Indian journal of veterinary science and animal husbandry - Volumes 18-21, 1948-1951
Year: 1948
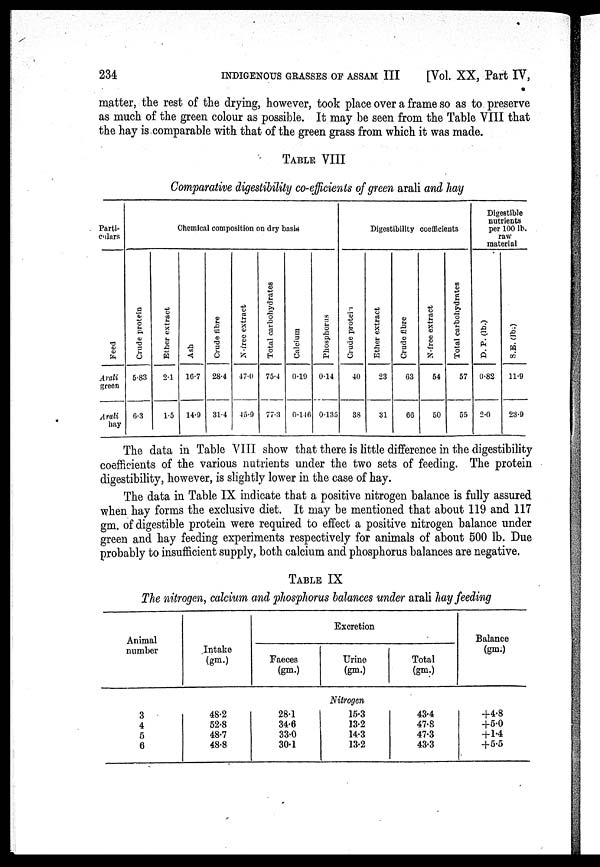
234 INDIGENOUS GRASSES OF ASSAM III
[Vol. XX, Part IV,
matter, the rest of the drying, however, took place over a frame so as to preserve
as much of the green colour as possible. It may be seen from the Table VIII that
the hay is comparable with that of the green grass from which it was made.
TABLE VIII
Comparative digestibility co-efficients of green arali and hay
Parti-
culars
Feed
Arali
green
Arali
hay
Chemical composition on dry basis
Crude protein
5.83
6.3
Ether extract
2.1
1.5
Ash
16.7
14.9
Crude fibre
28.4
31.4
N-free extract
47.0
45.9
Total carbohydrates
75.4
77.3
Calcium
0.19
0.146
Phosphorus
0.14
0.135
Digestibility coefficients
Crude protein
40
38
Ether extract
23
31
Crude fibre
63
66
N-free extract
54
50
Total carbohydrates
57
55
Digestible
nutrients
per 100 lb.
raw
material
D. P. (lb.)
0.82
2.0
S.E. (lb.)
11.9
23.9
The data in Table VIII show that there is little difference in the digestibility
coefficients of the various nutrients under the two sets of feeding. The protein
digestibility, however, is slightly lower in the case of hay.
The data in Table IX indicate that a positive nitrogen balance is fully assured
when hay forms the exclusive diet. It may be mentioned that about 119 and 117
gm. of digestible protein were required to effect a positive nitrogen balance under
green and hay feeding experiments respectively for animals of about 500 lb. Due
probably to insufficient supply, both calcium and phosphorus balances are negative.
TABLE IX
The nitrogen, calcium and phosphorus balances under arali hay feeding
Animal
number
Intake
(gm.)
Excretion
Faeces
(gm.)
Urine
(gm.)
Total
(gm.)
Balance
(gm.)
Nitrogen
3
4
5
6
48.2
52.8
48.7
48.8
28.1
34.6
33.0
30.1
15.3
13.2
14.3
13.2
43.4
47.8
47.3
43.3
+4.8
+5.0
+1.4
+5.5